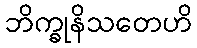
ဘိက္ခုနိသတေဟိ